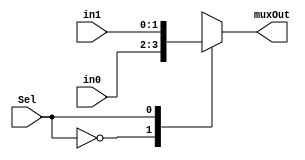
module mux2to1_2bit(input [1:0] in0, input [1:0] in1, input Sel, output reg [1:0] muxOut);
	always @ (in0,in1,Sel)
	begin
		case(Sel)
			1'b0:	muxOut=in0;
			1'b1:	muxOut=in1;
		endcase
	end
endmodule